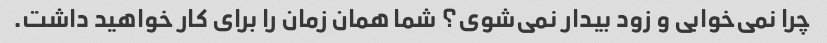
چرا نمی‌خوابی و زود بیدار نمی‌شوی؟ شما همان زمان را برای کار خواهید داشت.